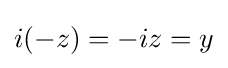
i(-z)=-iz=y